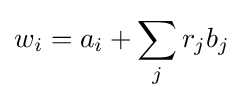
w_{i}=a_{i}+\sum _{j}r_{j}b_{j}